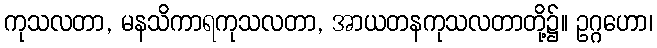
ကုသလတာ, မနသိကာရကုသလတာ, အာယတနကုသလတာတို့၌။ ဥဂ္ဂဟော၊